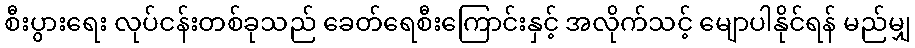
စီးပွားရေး လုပ်ငန်းတစ်ခုသည် ခေတ်ရေစီးကြောင်းနှင့် အလိုက်သင့် မျောပါနိုင်ရန် မည်မျှ